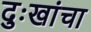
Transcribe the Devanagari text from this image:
दुःखांचा